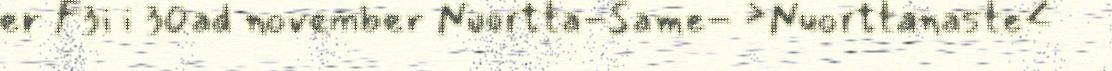
er F3i i 30ad november Nuortta-Same- >Nuorttanaste<